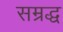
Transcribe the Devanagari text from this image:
सम्रद्ध